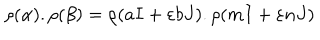
\rho ( \alpha ) . \rho ( \beta ) = \rho ( a I + \varepsilon b J ) . \rho ( m I + \varepsilon n J )